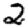
Digit: 2